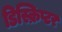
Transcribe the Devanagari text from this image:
डिस्क्रिप्टर